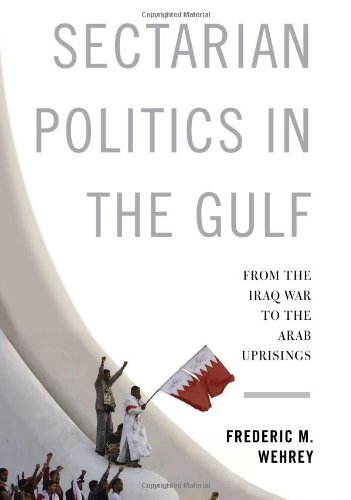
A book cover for Sectarian Politics in the Gulf: From the Iraq War to the Arab Uprisings (Columbia Studies in Middle East Politics); Frederic M. Wehrey; History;